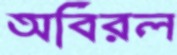
অবিরল